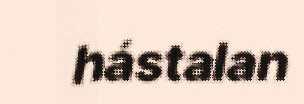
hástalan